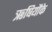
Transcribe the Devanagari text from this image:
ऋषियौंके